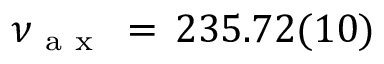
\nu _ { \mathrm { ~ a ~ x ~ } } \, = \, 2 3 5 . 7 2 ( 1 0 )